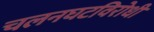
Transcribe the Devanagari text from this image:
चलनघटविरोधी